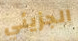
الجزيئي